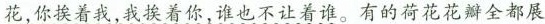
花，你挨着我，我挨着你，谁也不让着谁。有的荷花花瓣全都展